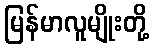
မြန်မာလူမျိုးတို့